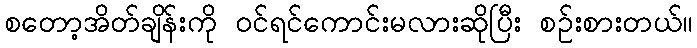
စတော့အိတ်ချိန်းကို ဝင်ရင်ကောင်းမလားဆိုပြီး စဉ်းစားတယ်။